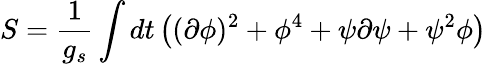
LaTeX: S={\frac{1}{g_{s}}}\int dt\left((\partial\phi)^{2}+\phi^{4}+\psi\partial\psi+\psi^{2}\phi\right)